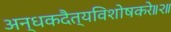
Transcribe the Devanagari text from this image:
अन्धकदैत्यविशोषकरे॥२॥